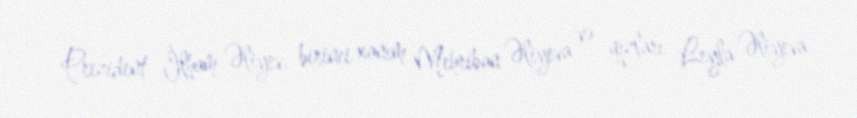
Prezident İlham Əliyev, birinci xanım Mehriban Əliyeva və qızları Leyla Əliyeva